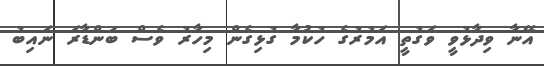
އޭނާ ވިދާޅުވީ ވަގުތީ އަމުރުގެ ހުކުމާ ގުޅިގެން މިހާރު ވެސް ބަންޑާރަ ނައިބު